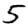
Digit: 5